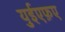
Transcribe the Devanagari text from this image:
युईएफ़ए